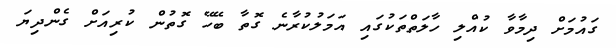
ގައުމަށް ދިމާވާ ކުއްލި ހާލަތްތަކުގައި އަމަލުކުރާނެ ގޮތާ ބޭހޭ ގޮތުން ކުރިއަށް ގެންދިޔަ